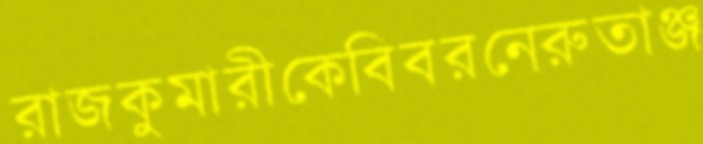
রাজকুমারীকেবিবরনেরুতাঞ্জ